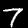
Digit: 7